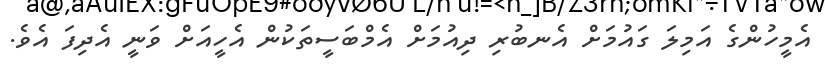
އެމީހުންގެ އަމިލަ ގައުމަށް އެނބުރި ދިއުމަށް އެމްބަސީތަކުން އެހީއަށް ވަނީ އެދިފަ އެވެ.